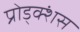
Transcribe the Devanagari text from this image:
प्रोड्क्शंस